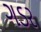
ગડર